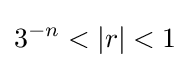
3^{-n}<|r|<1